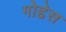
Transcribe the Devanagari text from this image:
गोद्देस